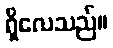
ရှိလေသည်။